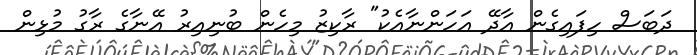
ދަބަސް ހިފައިގެން އާދޭ އަހަންނާއެކު" ރާކިޒު މިހެން ބުނިއިރު އޭނާގެ ރާގު މުޅިން